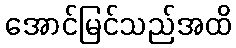
အောင်မြင်သည်အထိ